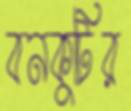
বনকুটির